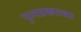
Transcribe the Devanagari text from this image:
नृत्यप्रकारच्या